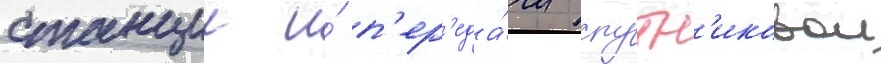
станции и́ п'ер'еда́чи спутн'иковои